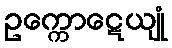
ဥက္ကောဋေယျုံ